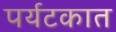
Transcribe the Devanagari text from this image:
पर्यटकात